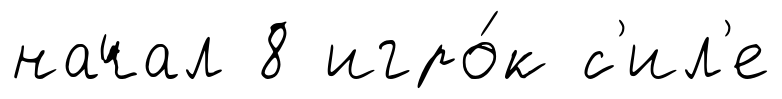
начал 8 игро́к с'ил'е